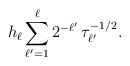
\begin{align*}h_\ell \sum_{\ell'=1}^\ell 2^{-\ell'} \, \tau_{\ell'}^{-1/2}.\end{align*}